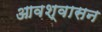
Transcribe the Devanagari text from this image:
आवश्‍वासन